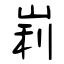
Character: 峲